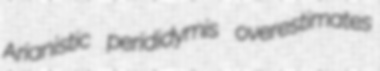
Arianistic perididymis overestimates